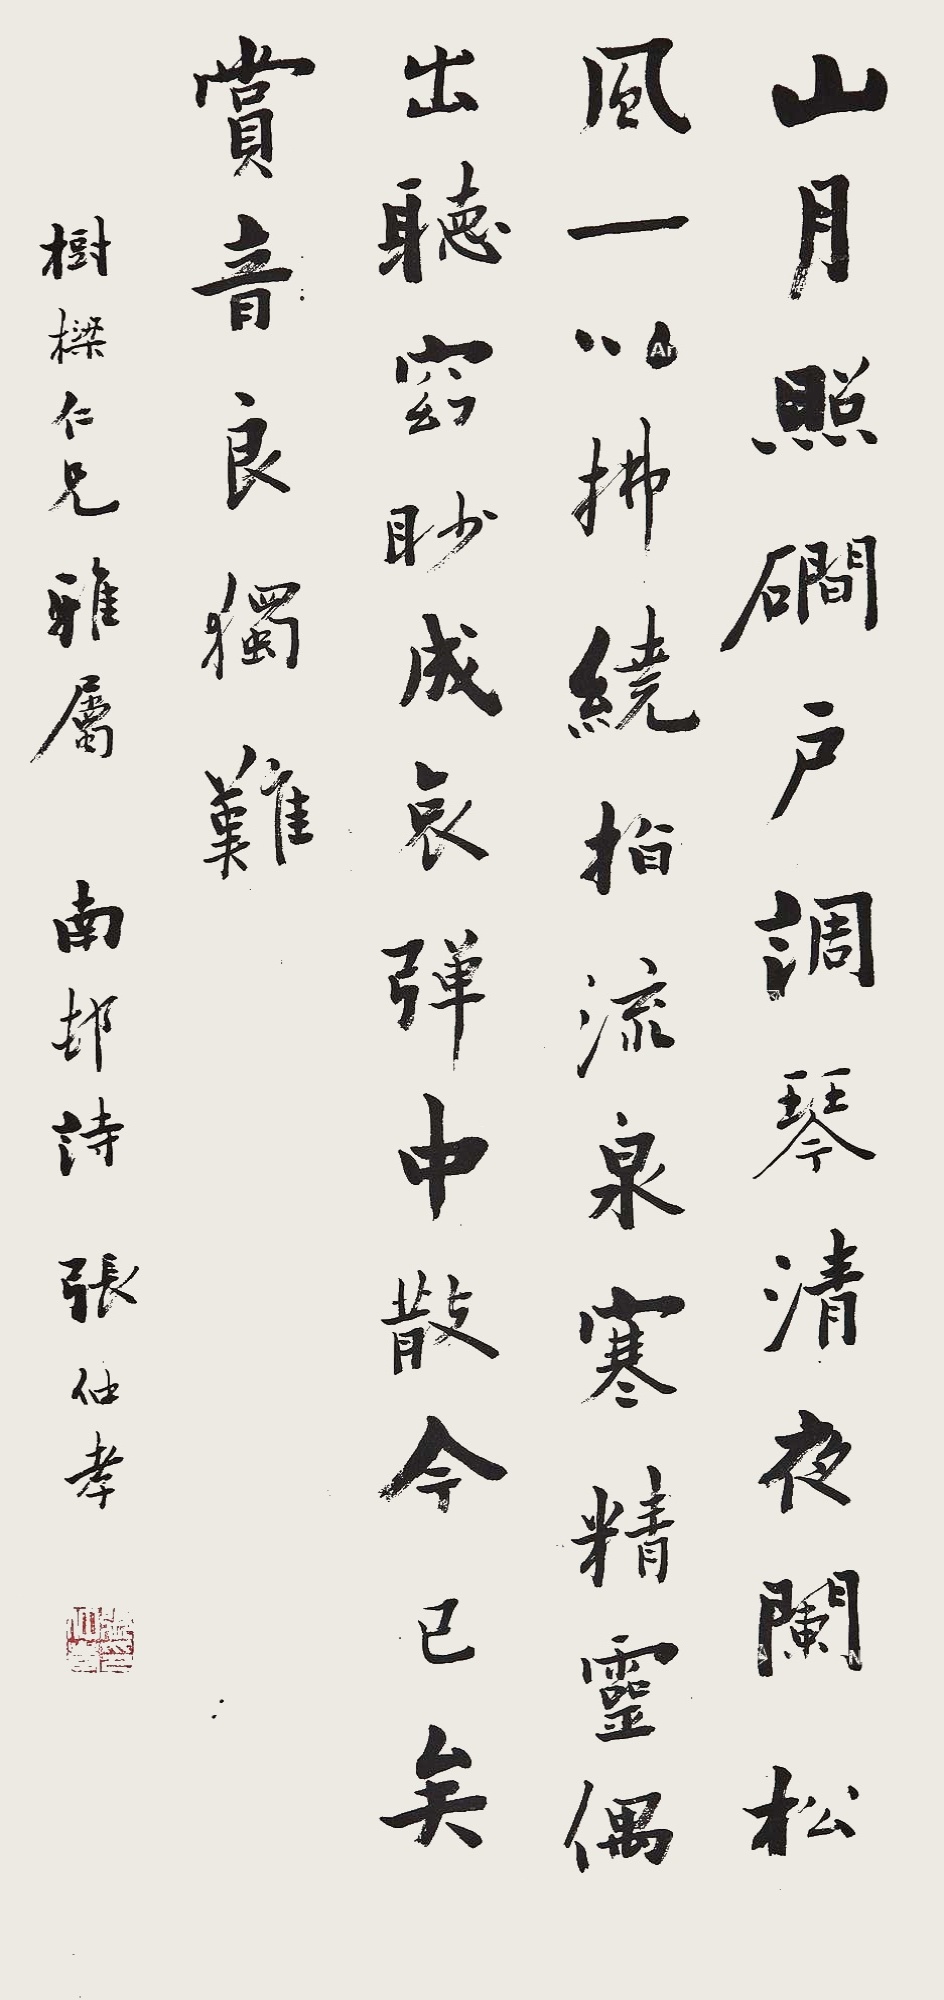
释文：山月照涧户，调琴清夜澜。松风一以拂，绕指流泉寒。精灵偶出听，窈眇成哀弹。中散今已矣，赏音良独难。树梁仁兄雅属。南村诗，张仲孝。